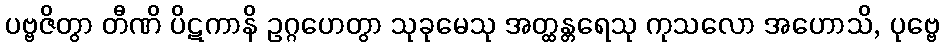
ပဗ္ဗဇိတွာ တီဏိ ပိဋကာနိ ဥဂ္ဂဟေတွာ သုခုမေသု အတ္ထန္တရေသု ကုသလော အဟောသိ, ပုဗ္ဗေ